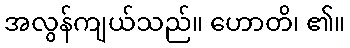
အလွန်ကျယ်သည်။ ဟောတိ၊ ၏။